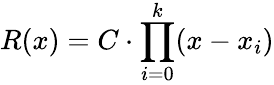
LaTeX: R(x)=C\cdot\prod_{i=0}^{k}(x-x_{i})